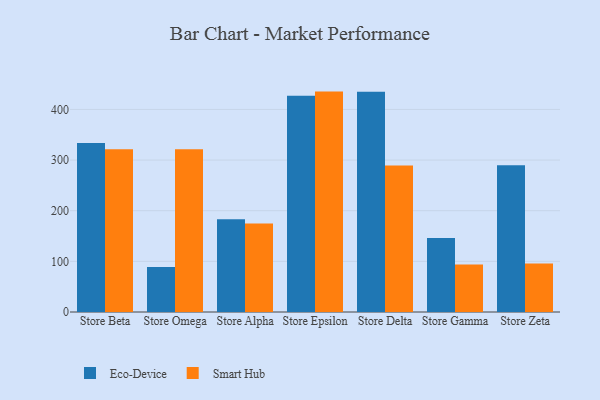
{"axis": {"x": "Store", "y": "Latency (ms)"}, "legend": ["Eco-Device", "Smart Hub"], "data": [{"x": "Store Beta", "y": 333.7, "type": "Eco-Device"}, {"x": "Store Beta", "y": 321.6, "type": "Smart Hub"}, {"x": "Store Omega", "y": 89.0, "type": "Eco-Device"}, {"x": "Store Omega", "y": 321.4, "type": "Smart Hub"}, {"x": "Store Alpha", "y": 183.0, "type": "Eco-Device"}, {"x": "Store Alpha", "y": 174.7, "type": "Smart Hub"}, {"x": "Store Epsilon", "y": 427.0, "type": "Eco-Device"}, {"x": "Store Epsilon", "y": 435.2, "type": "Smart Hub"}, {"x": "Store Delta", "y": 434.8, "type": "Eco-Device"}, {"x": "Store Delta", "y": 289.1, "type": "Smart Hub"}, {"x": "Store Gamma", "y": 146.0, "type": "Eco-Device"}, {"x": "Store Gamma", "y": 94.0, "type": "Smart Hub"}, {"x": "Store Zeta", "y": 289.9, "type": "Eco-Device"}, {"x": "Store Zeta", "y": 96.0, "type": "Smart Hub"}]}